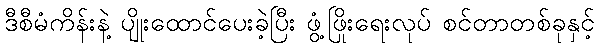
ဒီစီမံကိန်းနဲ့ ပျိုးထောင်ပေးခဲ့ပြီး ဖွံ့ဖြိုးရေးလုပ် စင်တာတစ်ခုနှင့်